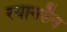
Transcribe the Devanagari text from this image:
रयानडैन